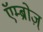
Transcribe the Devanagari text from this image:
एॅम्ब्रोज़्